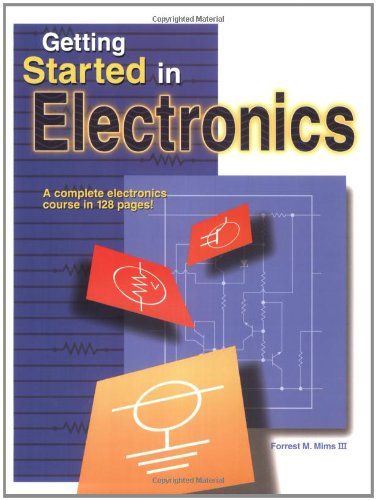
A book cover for Getting Started in Electronics; Forrest M. Mims III; Engineering & Transportation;